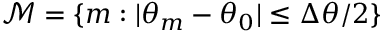
\mathcal { M } = \{ m : | \theta _ { m } - \theta _ { 0 } | \leq \Delta \theta / 2 \}